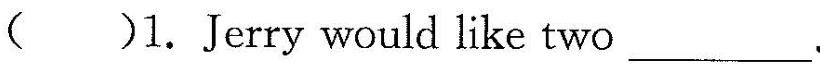
( )1.Jerry would like two___.